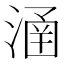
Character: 𣹢